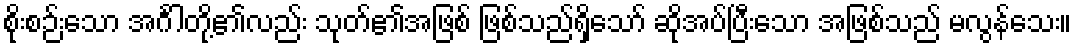
စိုးစဉ်းသော အင်္ဂါတို့၏လည်း သုတ်၏အဖြစ် ဖြစ်သည်ရှိသော် ဆိုအပ်ပြီးသော အဖြစ်သည် မလွန်သေး။